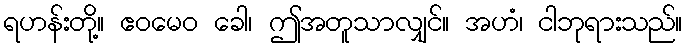
ရဟန်းတို့။ ဧဝမေဝ ခေါ၊ ဤအတူသာလျှင်။ အဟံ၊ ငါဘုရားသည်။